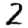
Digit: 2